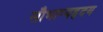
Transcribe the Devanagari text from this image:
सौभाग्यहृदय